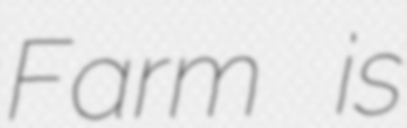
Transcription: Farm is